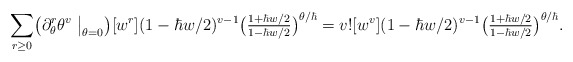
\begin{align*}\sum_{r\ge0}\bigl(\partial_\theta^r\theta^v\bigm|_{\theta=0}\bigr)[w^r](1-\hbar w/2)^{v-1}\bigl(\tfrac{1+\hbar w/2}{1-\hbar w/2}\bigr)^{\theta/\hbar}=v![w^v](1-\hbar w/2)^{v-1}\bigl(\tfrac{1+\hbar w/2}{1-\hbar w/2}\bigr)^{\theta/\hbar}.\end{align*}